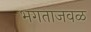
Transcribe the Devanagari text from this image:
भगताजवळ